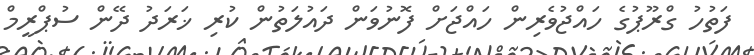
ފަތުހު ގްރޫޕުގެ ހައްޖުވެރިން ހައްޖަށް ފޮނުވަން ދައުލަތުން ކުރި ޚަރަދު ދޭން ސުޕްރީމް